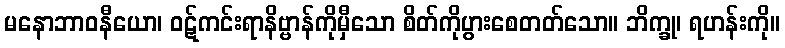
မနောဘာဝနီယော၊ ဝဋ်ကင်းရာနိဗ္ဗာန်ကိုမှီသော စိတ်ကိုပွားစေတတ်သော။ ဘိက္ခု၊ ရဟန်းကို။